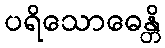
ပရိသောဓေန္တိ